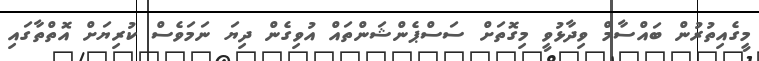
މީގެއިތުރުން ބައްސާމް ވިދާޅުވީ މިގޮތަށް ސަސްޕެންޝަންތައް އުވިގެން ދިޔަ ނަމަވެސް ކުރިޔަށް އޮތްތާގައި